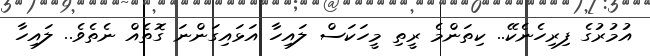
އުމުރުގެ ފިރިހެނެކޭ.. ކިތަންމެ ރީތި މީހަކަސް ލައިހާ އަޅައިގަންނަ ގޮތެއް ނެތެވެ.. ލައިހާ